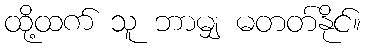
ထို့ထက် သူ ဘာမျှ မတတ်နိုင်။